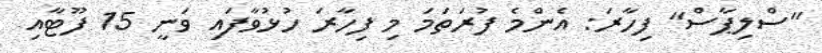
"ސްލިޕާސް" ފިހާރަ: އެންމެ ފުރަތަމަ މި ފިހާރަ ހުޅުވާފައި ވަނީ 15 ފޫޓާއި